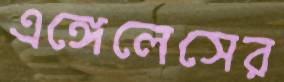
এঙ্গেলেসের